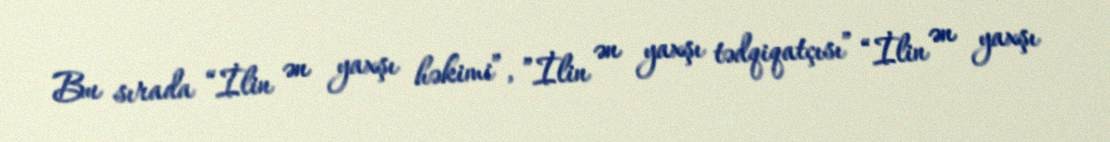
Bu sırada “İlin ən yaxşı həkimi”, ”İlin ən yaxşı tədqiqatçısı” “İlin ən yaxşı